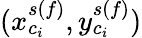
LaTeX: (x_{c_{i}}^{s(f)},y_{c_{i}}^{s(f)})